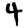
Digit: 4